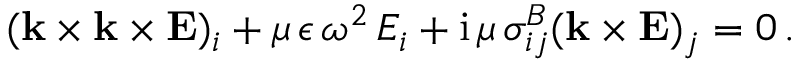
( { \bf { k } } \times { \bf { k } } \times { \bf { E } } ) _ { i } + \mu \, \epsilon \, \omega ^ { 2 } \, { { E } _ { i } } + \mathrm { i } \, \mu \, { \sigma } _ { i j } ^ { B } ( { \bf { k } } \times { \bf { E } } ) _ { j } = 0 \, .